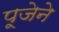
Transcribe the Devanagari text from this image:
पूजेने